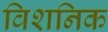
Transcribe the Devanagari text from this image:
विशनिक